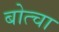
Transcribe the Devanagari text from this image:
बोत्चा